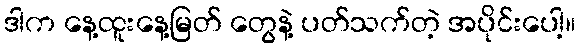
ဒါက နေ့ထူးနေ့မြတ် တွေနဲ့ ပတ်သက်တဲ့ အပိုင်းပေါ့။